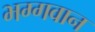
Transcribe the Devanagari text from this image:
भग्गवान